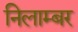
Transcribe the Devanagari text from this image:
निलाम्बर